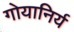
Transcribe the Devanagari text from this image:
गोयानिर्य